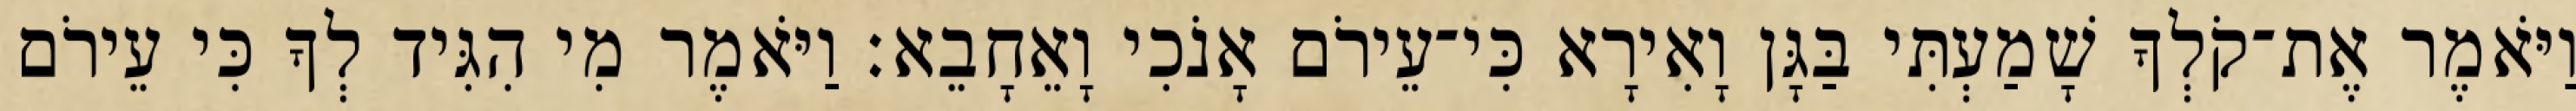
וַיֹּאמֶר אֶת־קֹלְךָ שָׁמַעְתִּי בַּגָּן וָאִירָא כִּי־עֵירֹם אָנֹכִי וָאֵחָבֵא׃ וַיֹּאמֶר מִי הִגִּיד לְךָ כִּי עֵירֹם